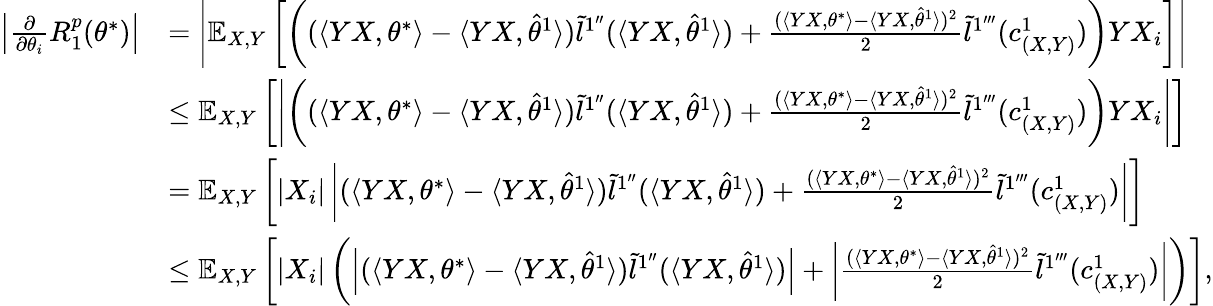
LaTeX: \begin{array}{rl}{\left|\frac{\partial}{\partial\theta_{i}}R_{1}^{p}(\theta^{*})\right|}&{=\left|\mathbb{E}_{X,Y}\left[\left((\langle YX,\theta^{*}\rangle-\langle YX,\hat{\theta}^{1}\rangle)\tilde{l}^{1^{\prime\prime}}(\langle YX,\hat{\theta}^{1}\rangle)+\frac{(\langle YX,\theta^{*}\rangle-\langle YX,\hat{\theta}^{1}\rangle)^{2}}{2}\tilde{l}^{1^{\prime\prime\prime}}(c_{(X,Y)}^{1})\right)YX_{i}\right]\right|}\\ &{\leq\mathbb{E}_{X,Y}\left[\left|\left((\langle YX,\theta^{*}\rangle-\langle YX,\hat{\theta}^{1}\rangle)\tilde{l}^{1^{\prime\prime}}(\langle YX,\hat{\theta}^{1}\rangle)+\frac{(\langle YX,\theta^{*}\rangle-\langle YX,\hat{\theta}^{1}\rangle)^{2}}{2}\tilde{l}^{1^{\prime\prime\prime}}(c_{(X,Y)}^{1})\right)YX_{i}\right|\right]}\\ &{=\mathbb{E}_{X,Y}\left[\left|X_{i}\right|\left|(\langle YX,\theta^{*}\rangle-\langle YX,\hat{\theta}^{1}\rangle)\tilde{l}^{1^{\prime\prime}}(\langle YX,\hat{\theta}^{1}\rangle)+\frac{(\langle YX,\theta^{*}\rangle-\langle YX,\hat{\theta}^{1}\rangle)^{2}}{2}\tilde{l}^{1^{\prime\prime\prime}}(c_{(X,Y)}^{1})\right|\right]}\\ &{\leq\mathbb{E}_{X,Y}\left[\left|X_{i}\right|\left(\left|(\langle YX,\theta^{*}\rangle-\langle YX,\hat{\theta}^{1}\rangle)\tilde{l}^{1^{\prime\prime}}(\langle YX,\hat{\theta}^{1}\rangle)\right|+\left|\frac{(\langle YX,\theta^{*}\rangle-\langle YX,\hat{\theta}^{1}\rangle)^{2}}{2}\tilde{l}^{1^{\prime\prime\prime}}(c_{(X,Y)}^{1})\right|\right)\right],}\end{array}